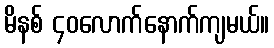
မိနစ် ၄၀လောက်နောက်ကျမယ်။